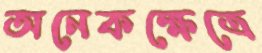
অনেকক্ষেত্রে